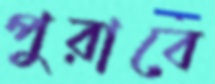
পুরাবে